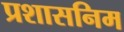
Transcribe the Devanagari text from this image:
प्रशासनिम